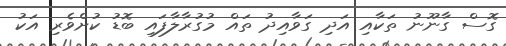
ގޮސް ގާނޫނު ތަކާއި އަދި ގަވާއިދު ތައް މުގުރާލާފައި ބޮޑު ކުށްވެރި އަކު